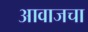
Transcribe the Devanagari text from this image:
आवाजचा